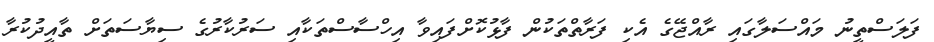
ފަލަސްތީނު މައްސަލާގައި ރާއްޖޭގެ އެކި ފަރާތްތަކުން ފާޅުކޮށްފައިވާ އިހްސާސްތަކާއި ސަރުކާރުގެ ސިޔާސަތަށް ތާއީދުކުރާ